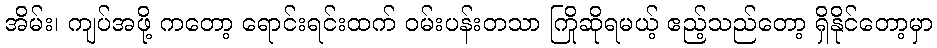
အိမ်း၊ ကျပ်အဖို့ ကတော့ ရောင်းရင်းထက် ဝမ်းပန်းတသာ ကြိုဆိုရမယ့် ဧည့်သည်တော့ ရှိနိုင်တော့မှာ